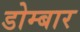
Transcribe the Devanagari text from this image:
डोम्बार